18_6369445_General_1948_Vol_1
Agency: Department of War
Incident date: 6/15/48
Page 18
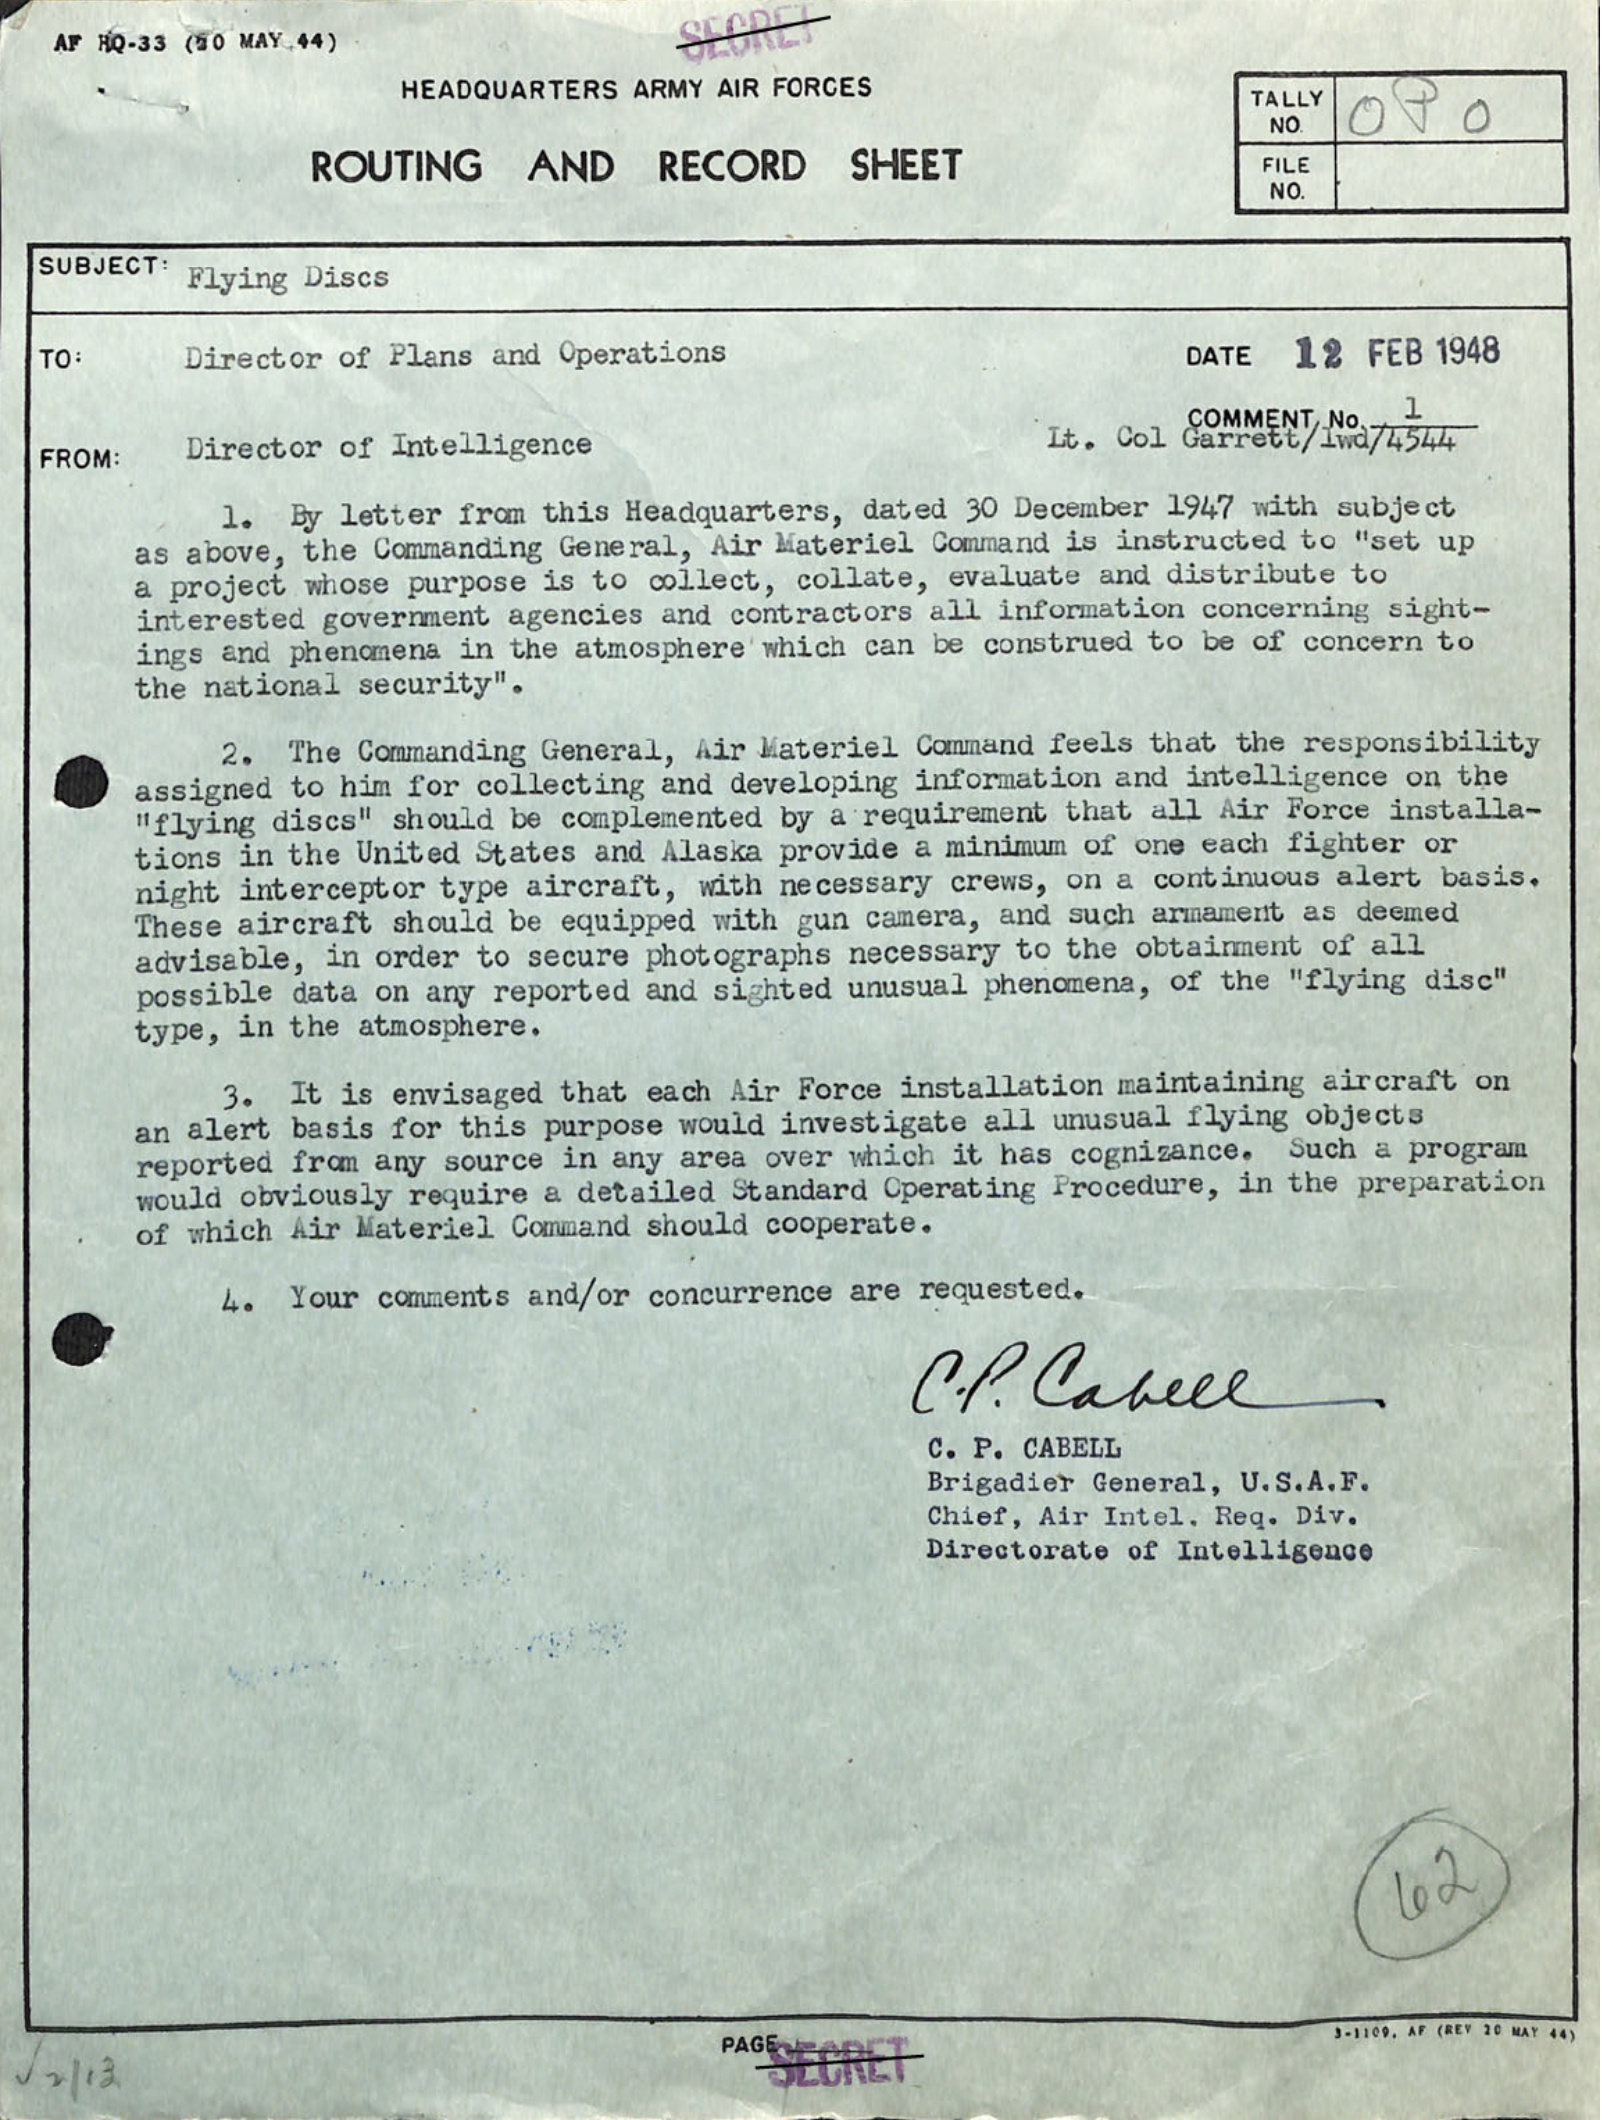